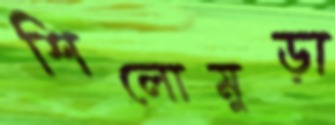
শিলোমুড়া